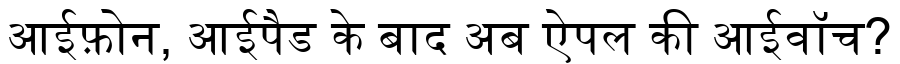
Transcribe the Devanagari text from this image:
आईफ़ोन, आईपैड के बाद अब ऐपल की आईवॉच?